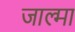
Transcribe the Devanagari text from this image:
जाल्मा